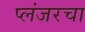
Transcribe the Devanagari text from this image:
प्लंजरचा